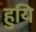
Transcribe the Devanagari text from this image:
हुयि